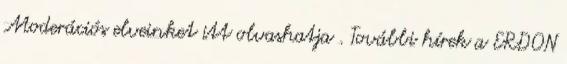
Moderációs elveinket itt olvashatja . További hírek a ERDON